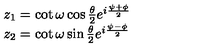
\begin{array} { l l } { z _ { 1 } = \cot \omega \cos \frac { \theta } { 2 } e ^ { i \frac { \psi + \phi } { 2 } } } \\ { z _ { 2 } = \cot \omega \sin \frac { \theta } { 2 } e ^ { i \frac { \psi - \phi } { 2 } } } \\ \end{array}